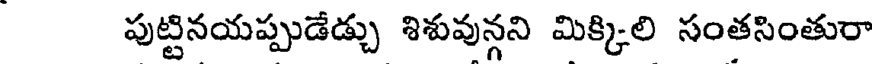
పుట్టినయప్పుడేడ్చు శిశువున్గని మిక్కిలి సంతసింతురా